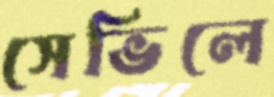
সেভিলে